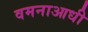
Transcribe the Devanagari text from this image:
वमनाआधी